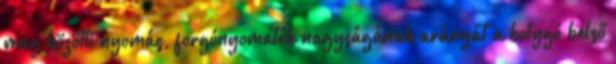
mag közötti nyomás, forgónyomaték nagyságának arányát a bolygó belső